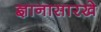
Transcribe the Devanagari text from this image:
ज्ञानासारखे